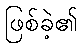
ဖြစ်ခဲ့၏